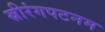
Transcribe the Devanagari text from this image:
स्रीरंगपटनम